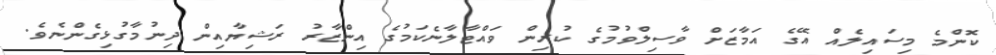
ކޮންމެ މިސައިލެއް އޭގެ އަމާޒަށް ވާސިލްވުމުގެ ކުރިން ވައްޓާލާނެކަމުގެ އިންޒާރު ރަޝިޔާއިން ދިނުމާގުޅިގެންނެވެ.